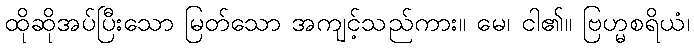
ထိုဆိုအပ်ပြီးသော မြတ်သော အကျင့်သည်ကား။ မေ၊ ငါ၏။ ဗြဟ္မစရိယံ၊